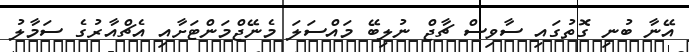
އޭނާ ބުނި ގޮތުގައި ސާވިސް ޗާޖް ނުލިބޭ މައްސަލަ މެނޭޖްމަންޓަށާއި އެޗްއާރުގެ ސަމާލު